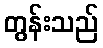
တွန်းသည်